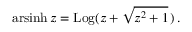
\operatorname { a r s i n h } z = \operatorname { L o g } ( z + { \sqrt { z ^ { 2 } + 1 } } \, ) \, .